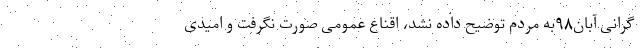
گرانی آبان۹۸به مردم توضیح داده نشد، اقناع عمومی صورت نگرفت و امیدی